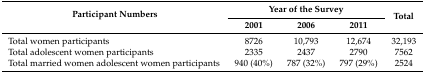
| <ROWSPAN=2> Participant Numbers | <COLSPAN=3> Year of the Survey | <ROWSPAN=2> Total |
 | 2001 | 2006 | 2011 |
 | --- | --- | --- | --- | --- |
 | Total women participants | 8726 | 10,793 | 12,674 | 32,193 |
 | Total adolescent women participants | 2335 | 2437 | 2790 | 7562 |
 | Total married women adolescent women participants | 940 (40%) | 787 (32%) | 797 (29%) | 2524 |